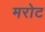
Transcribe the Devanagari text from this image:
मरोट